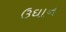
ઉઘાન